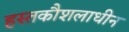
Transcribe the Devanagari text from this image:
हस्तकौशलाधीन